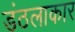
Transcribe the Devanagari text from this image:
डंठलाकार